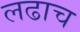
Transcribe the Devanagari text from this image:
लढाच